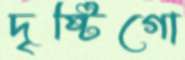
দৃষ্টিগো